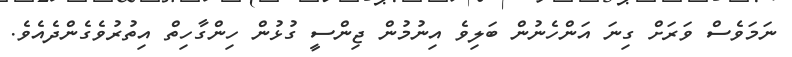
ނަމަވެސް ވަރަށް ގިނަ އަންހެނުން ބަލިވެ އިނުމުން ޖިންސީ ގުޅުން ހިންގާހިތް އިތުރުވެގެންދެއެވެ.